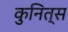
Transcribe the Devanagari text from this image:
कुनित्स